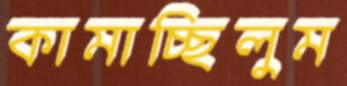
কামাচ্ছিলুম